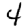
Digit: 4